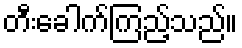
တီးခေါက်ကြည့်သည်။